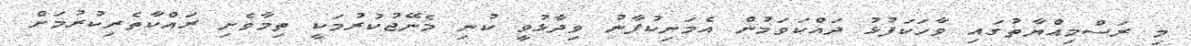
މި ރަސްމިއްޔާތުގައި ވާހަކަފުޅު ދައްކަވަމުން އެމަނިކުފާނު ވިދާޅުވީ ކުނި މެނޭޖުކުރުމަކީ ތިމާވެށި ރައްކާތެރިކުރުމަށް